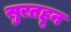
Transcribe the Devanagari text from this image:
सुरतहून